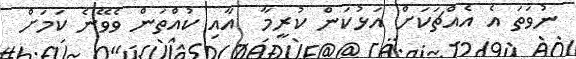
ނުވަތަ އެ އެއްޗަކަށް އަޅުކަން ކުރީމާ  އާއި ކުއްތަން ވެވޭނެ ކަމަށް